Elephants and their diseases
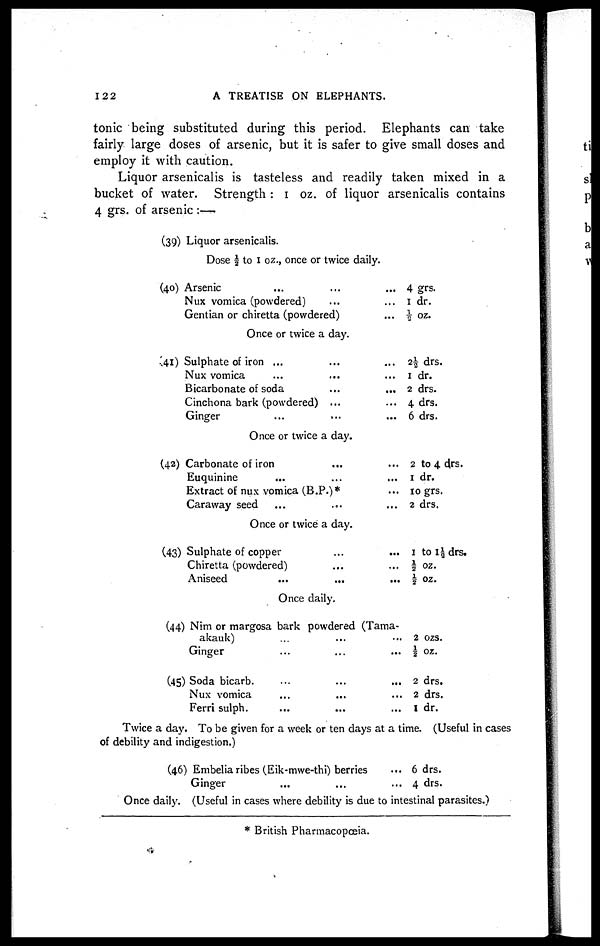
122
A TREATISE ON ELEPHANTS.
tonic being substituted during this period. Elephants can take
fairly large doses of arsenic, but it is safer to give small doses and
employ it with caution.
Liquor arsenicalis is tasteless and readily taken mixed in a
bucket of water. Strength : 1 oz. of liquor arsenicalis contains
4 grs. of arsenic :—.
(39)
(40)
41)
(42)
(43)
(44)
(45)
Liquor arsenicalis.
Dose ½ to 1 oz., once or twice daily.
Arsenic......
Nux vomica (powdered)......
Gentian or chiretta (powdered)...
4 grs.
1dr.
½ oz.
Once or twice a day.
Sulphate of iron .........
Nux
vomica......
Bicarbonate of soda......
Cinchona bark (powdered)......
Ginger......
2½ drs.
1 dr.
2 drs.
4 drs.
6 drs.
Once or twice a day.
Carbonate of
iron.....
Euquinine......
Extract of nux vomica (B.P.)*...
Caraway
seed......
2 to 4 drs.
1 dr.
10 grs.
2 drs.
Once or twice a day.
Sulphate of copper.....
Chiretta (powdered)......
Aniseed......
1 to 1½ drs.
½ oz.
½ oz.
Once daily.
Nim or margosa bark powdered (Tama-
akauk)......
Ginger......
Soda bicarb.......
Nux
vomica......
Ferri
sulph.......
2 ozs.
½ oz.
2 drs.
2 drs.
1dr.
Twice a day. To be given for a week or ten days at a time. (Useful in cases
of debility and indigestion.)
(46) Embelia ribes (Eik-mwe-thi) berries
Ginger
...
...
... 6 drs.
... 4 drs.
Once daily. (Useful in cases where debility is due to intestinal parasites.)
* British Pharmacopœia.